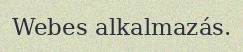
Webes alkalmazás.